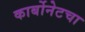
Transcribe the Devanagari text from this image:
कार्बोनेटचा